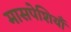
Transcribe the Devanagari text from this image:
मासपेशियाँ